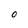
Character: O